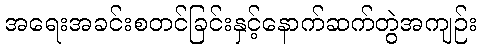
အရေးအခင်းစတင်ခြင်းနှင့်နောက်ဆက်တွဲအကျဉ်း